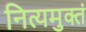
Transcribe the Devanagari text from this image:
नित्यमुक्तं